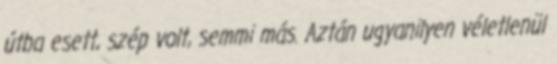
útba esett, szép volt, semmi más. Aztán ugyanilyen véletlenül